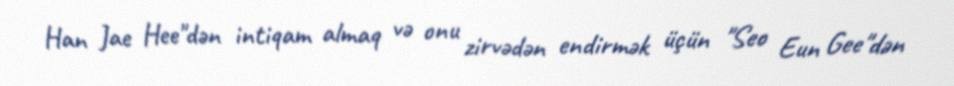
Han Jae Hee"dən intiqam almaq və onu zirvədən endirmək üçün "Seo Eun Gee"dən